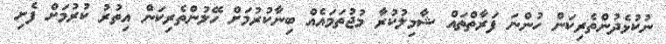
ނުކުޅެދުންތެރިކަން ހުންނަ ފަރާތްތައް ޝާމިލުކުރާ މުޖުތަމައެއް ބިނާކުރުމަށް ހޭލުންތެރިކަން އިތުރު ކުރުމަށް ފެށި